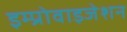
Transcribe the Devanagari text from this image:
इम्प्रोवाइजेशन